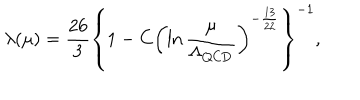
\lambda ( \mu ) = \frac { 2 6 } { 3 } \left\{ 1 - C \left( \ln \frac { \mu } { \Lambda _ { \mathrm { Q C D } } } \right) ^ { - \frac { 1 3 } { 2 2 } } \right\} ^ { - 1 } ,